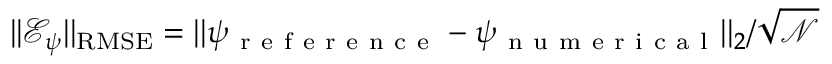
| | \mathcal { E } _ { \psi } | | _ { \mathrm { R M S E } } = | | \psi _ { \mathrm { ~ r ~ e ~ f ~ e ~ r ~ e ~ n ~ c ~ e ~ } } - \psi _ { \mathrm { ~ n ~ u ~ m ~ e ~ r ~ i ~ c ~ a ~ l ~ } } | | _ { 2 } / \sqrt { \mathcal { N } }